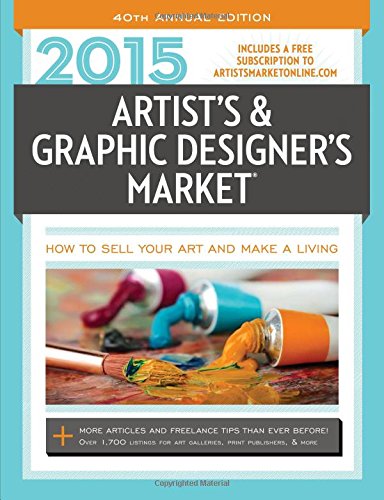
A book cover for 2015 Artist's & Graphic Designer's Market (Artists and Graphic Designers Market); Arts & Photography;